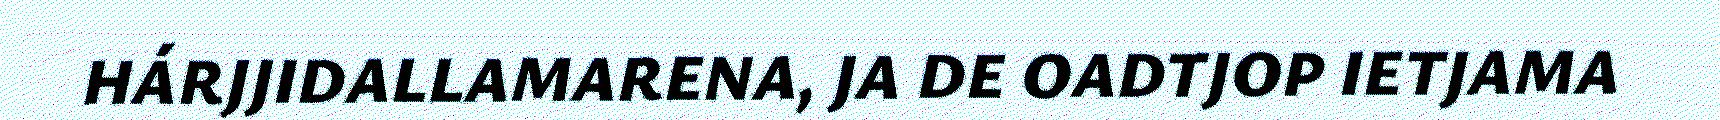
HÁRJJIDALLAMARENA, JA DE OADTJOP IETJAMA